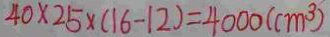
4 0 \times 2 5 \times ( 1 6 - 1 2 ) = 4 0 0 0 ( c m ^ { 3 } )